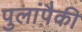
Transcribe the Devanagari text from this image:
पुलांपैकी